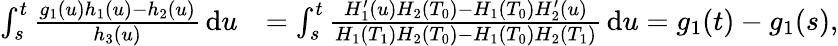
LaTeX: \begin{array}{rl}{\int_{s}^{t}\frac{g_{1}(u)h_{1}(u)-h_{2}(u)}{h_{3}(u)}\, \mathrm{d}u}&{=\int_{s}^{t}\frac{H_{1}^{\prime}(u)H_{2}(T_{0})-H_{1}(T_{0})H_{2}^{\prime}(u)}{H_{1}(T_{1})H_{2}(T_{0})-H_{1}(T_{0})H_{2}(T_{1})}\, \mathrm{d}u=g_{1}(t)-g_{1}(s),}\end{array}